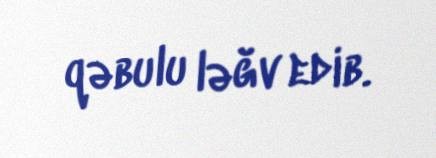
qəbulu ləğv edib.